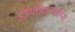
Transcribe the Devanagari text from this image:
ईईपीआरओएम